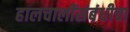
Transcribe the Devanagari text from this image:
हालचालींसंबंधीचा